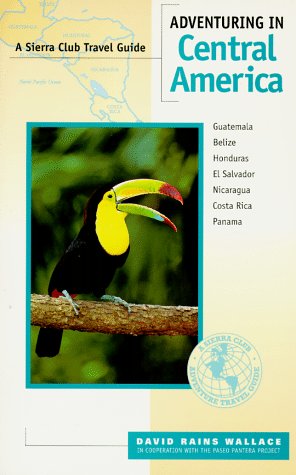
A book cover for Adventuring in Central America: Guatemala, Belize, El Salvador, Honduras, Nicaragua, Costa Rica, Panama (Sierra Club Adventure Travel Guides); David Rains Wallace; Travel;